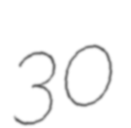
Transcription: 30